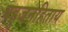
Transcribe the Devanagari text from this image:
बहुजनहिताय